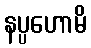
နပ္ပဟောမိ